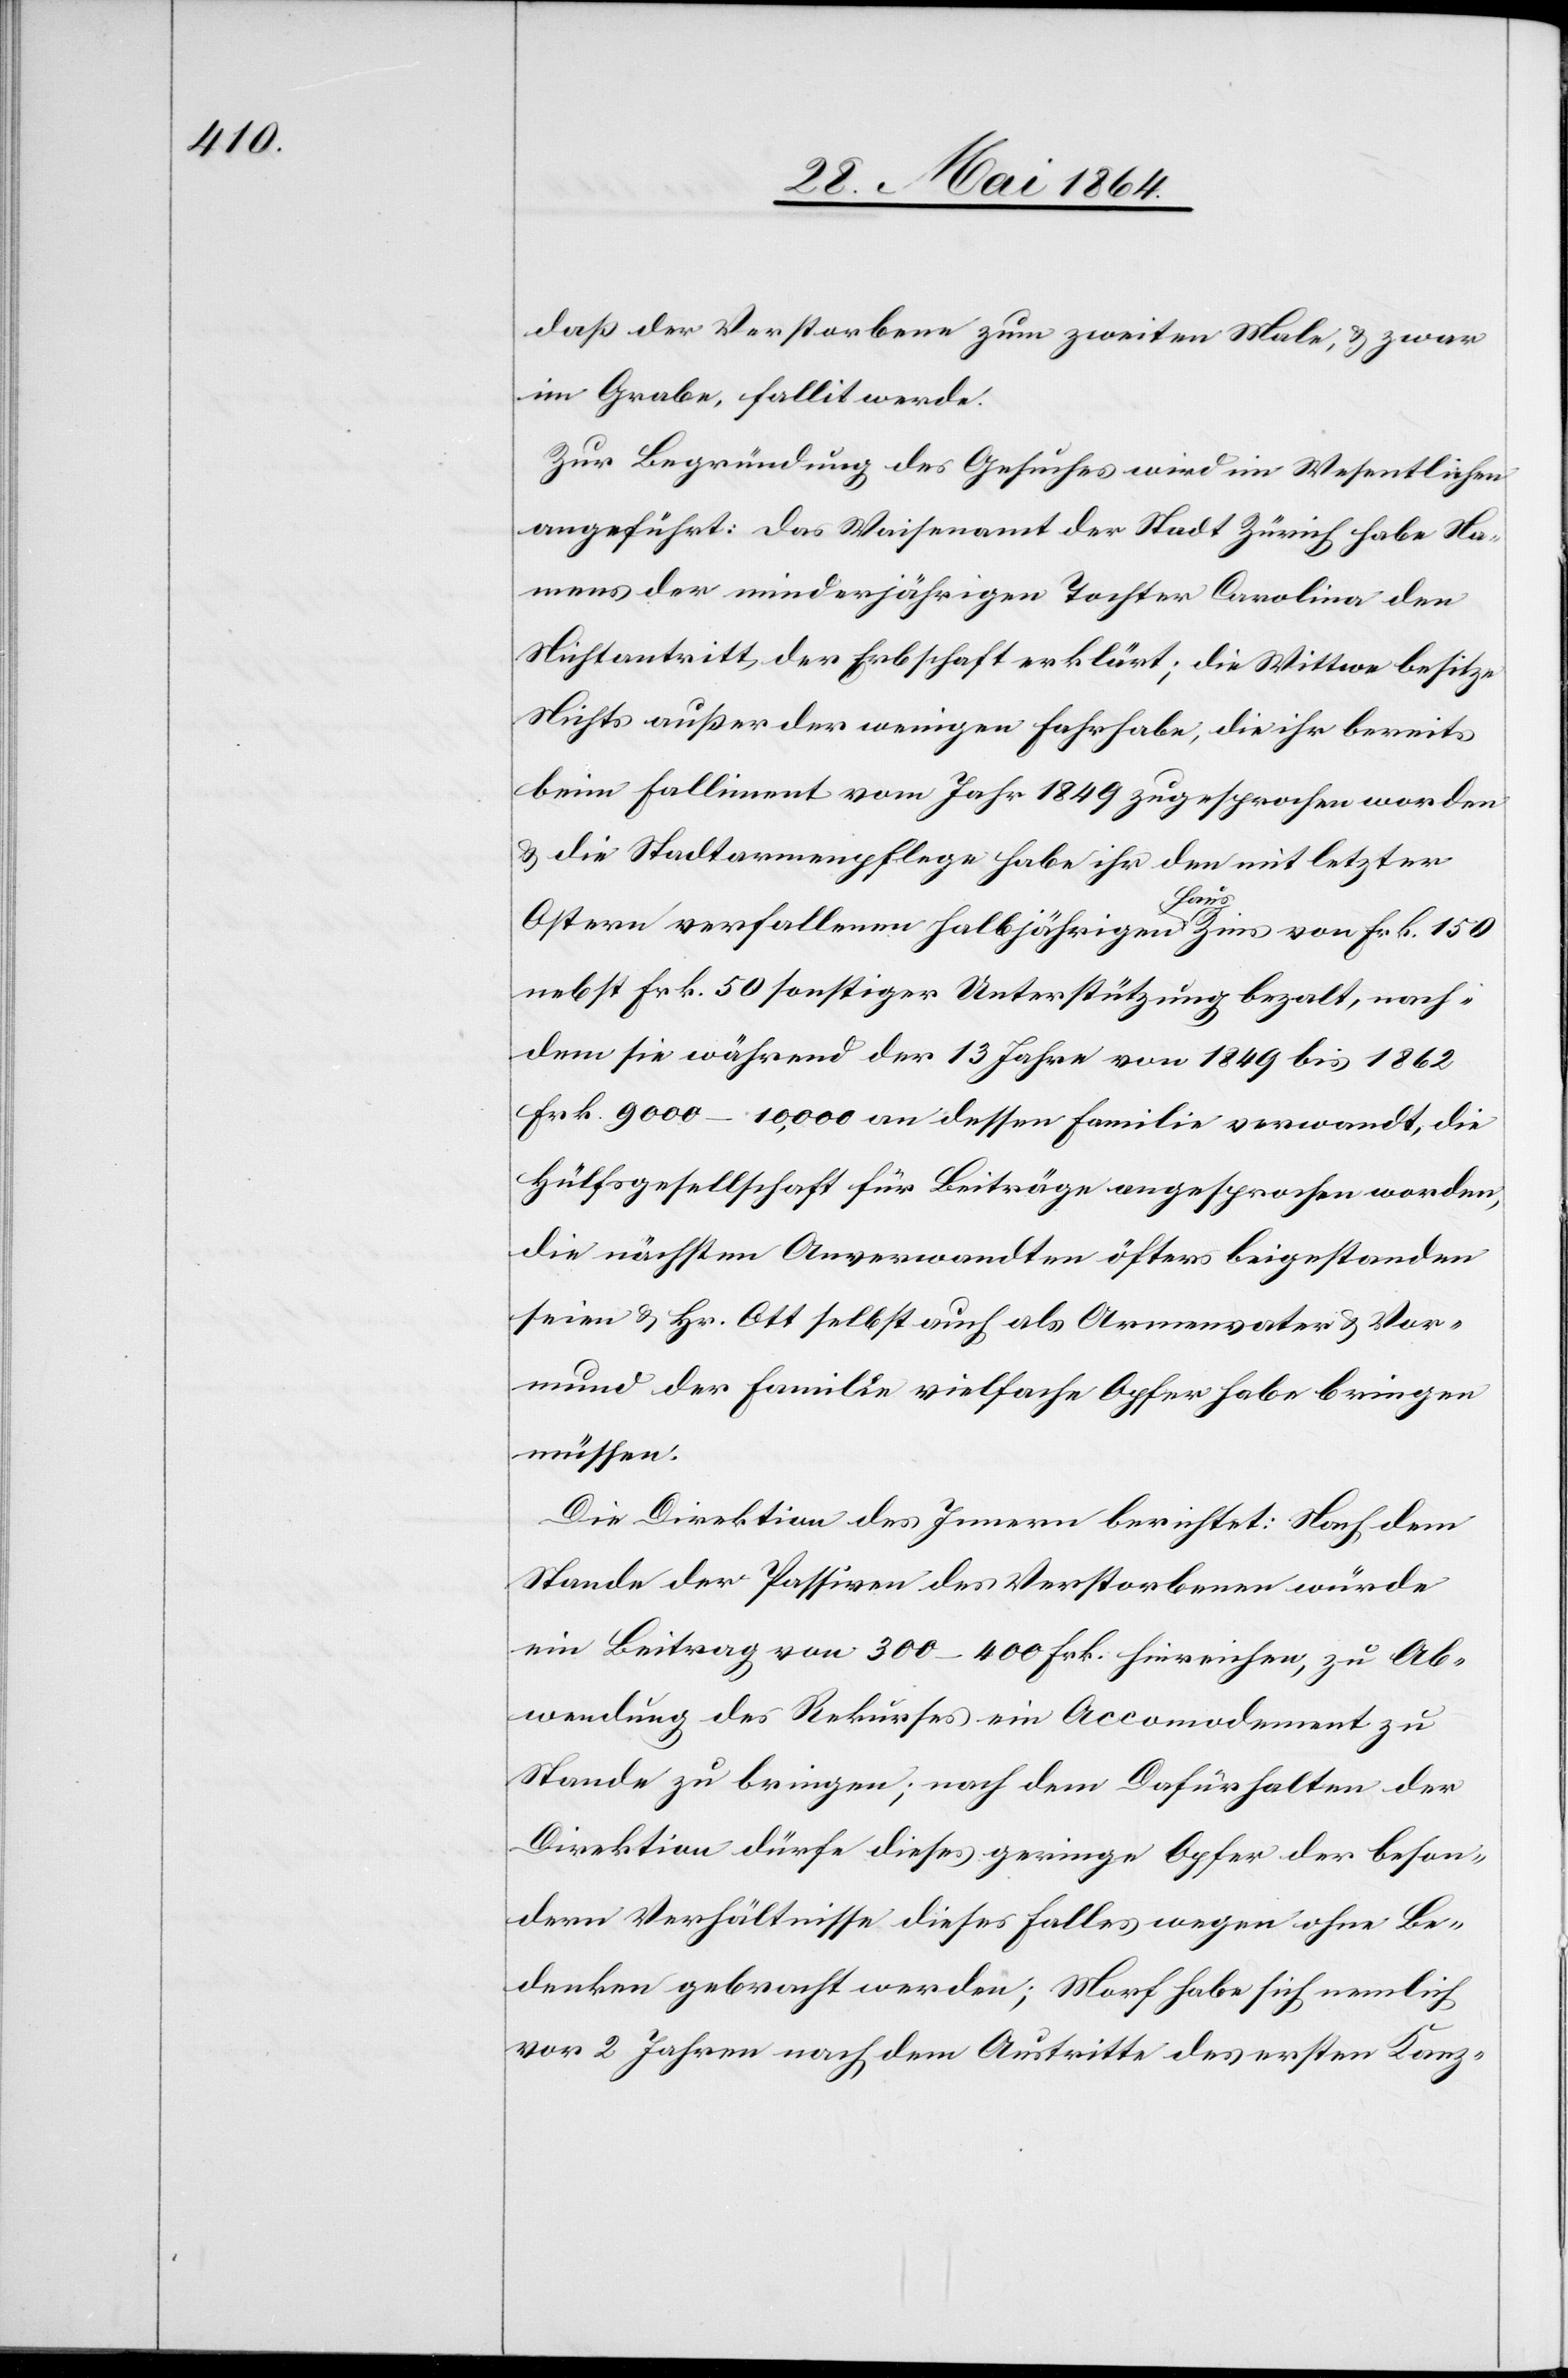
daß der Verstorbene zum zweiten Male, u. zwar
im Grabe, fallit werde.
Zur Begründung des Gesuches wird im Wesentlichen
angeführt: das Waisenamt der Stadt Zürich habe Na¬
mens der minderjährigen Tochter Carolina den
Nichtantritt der Erbschaft erklärt; die Wittwe besitze
Nichts außer der wenigen Fahrhabe, die ihr bereits
beim Falliment vom Jahr 1849 zugesprochen worden
u. die Stadtarmenpflege habe ihr den mit letzter
nach¬
Ostern verfallenen halbjährigen Hauszins von Frk. 150
nebst Frk. 50 sonstiger Unterstützung bezalt [sic!],
dem sie während der 13 Jahre von 1849 bis 1862
Frk. 9000–10,000 an dessen Familie verwandt, die
Hülfsgesellschaft für Beiträge angesprochen worden,
die nächsten Anverwandten öfters beigestanden
seien u. Hr. Ott selbst auch als Armenvater u. Vor¬
mund der Familie vielfache Opfer habe bringen
müssen.
Die Direktion des Innern berichtet: Nach dem
Stande der Passiven des Verstorbenen würde
ein Beitrag von 300–400 Frk. hinreichen, zu Ab¬
wendung des Rekurses ein Accomodement zu
Stande zu bringen; nach dem Dafürhalten der
Direktion dürfe dieses geringe Opfer der beson¬
dern Verhältnisse dieses Falles wegen ohne Be¬
denken gebracht werden; Morf habe sich nemlich
vor 2 Jahren nach dem Austritte des ersten Kanz-